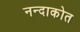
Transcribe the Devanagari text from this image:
नन्दाकोत